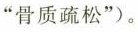
”骨质疏松”)。